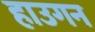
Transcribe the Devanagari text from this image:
हाउगन